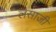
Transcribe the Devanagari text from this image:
लसाजी